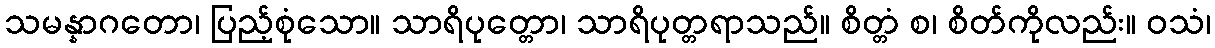
သမန္နာဂတော၊ ပြည့်စုံသော။ သာရိပုတ္တော၊ သာရိပုတ္တရာသည်။ စိတ္တံ စ၊ စိတ်ကိုလည်း။ ဝသံ၊